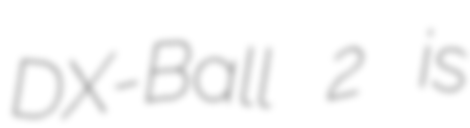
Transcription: DX-Ball 2 is